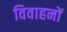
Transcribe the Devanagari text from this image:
विवाहनों